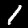
Digit: 1